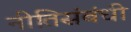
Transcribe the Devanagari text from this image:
नीतिसंबंधी